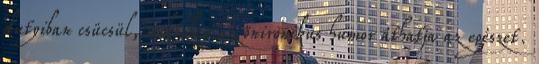
dutyiban csücsül, miközben az önironikus humor áthatja az egészet.